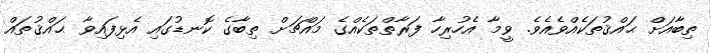
ތިބާއަށް ޙައްޤުތަކެއްވެއެވެ. ވީމާ އެހުރިހާ ފަރާތްތަކެއްގެ މައްޗަށް ތިބާގެ ކޮނޑުގައި އެޅިފައިވާ ޙައްޤުތައް